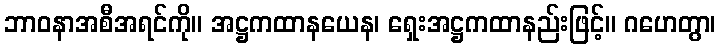
ဘာဝနာအစီအရင်ကို။ အဋ္ဌကထာနယေန၊ ရှေးအဋ္ဌကထာနည်းဖြင့်။ ဂဟေတွာ၊